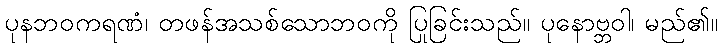
ပုနဘဝကရဏံ၊ တဖန်အသစ်သောဘဝကို ပြုခြင်းသည်။ ပုနောဗ္ဘဝါ၊ မည်၏။